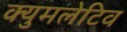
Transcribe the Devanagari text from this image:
क्युमलेटिव